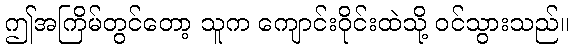
ဤအကြိမ်တွင်တော့ သူက ကျောင်းဝိုင်းထဲသို့ ဝင်သွားသည်။